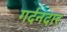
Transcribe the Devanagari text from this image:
गर्दनदार